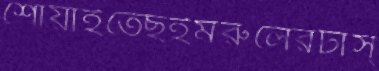
শোয়াইতেছইমরুলেরটাস্